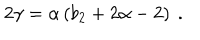
LaTeX: 2 \gamma = \alpha \left( b _ { 2 } + 2 \alpha - 2 \right) \ .